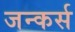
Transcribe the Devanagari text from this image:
जन्कर्स